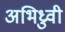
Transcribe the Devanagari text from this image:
अभिध्रुवी